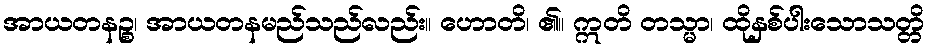
အာယတနဉ္စ၊ အာယတနမည်သည်လည်း။ ဟောတိ၊ ၏။ ဣတိ တသ္မာ၊ ထိုနှစ်ပါးသောသတ္တိ